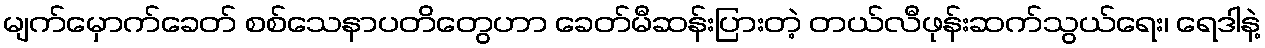
မျက်မှောက်ခေတ် စစ်သေနာပတိတွေဟာ ခေတ်မီဆန်းပြားတဲ့ တယ်လီဖုန်းဆက်သွယ်ရေး၊ ရေဒါနဲ့